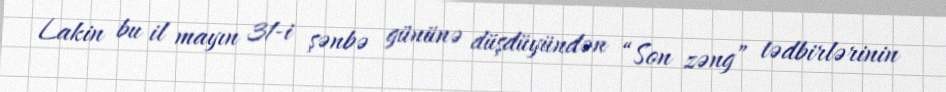
Lakin bu il mayın 31-i şənbə gününə düşdüyündən “Son zəng” tədbirlərinin